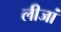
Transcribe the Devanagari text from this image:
लीजां